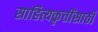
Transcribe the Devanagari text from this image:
साहित्यकृतींसाठी